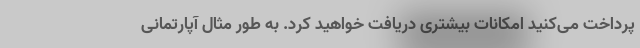
پرداخت می‌کنید امکانات بیشتری دریافت خواهید کرد. به طور مثال آپارتمانی